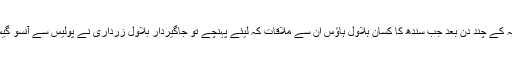
مگر افسوس کہ پانچ دسمبر کے جلسہ کے چند دن بعد جب سندھ کا کسان بلاول ہاؤس ان سے ملاقات کہ لیئے پہنچے تو جاگیردار بلاول زرداری نے پولیس سے آنسو گیس اور لاٹھی چارج سے ان بھگا دیا۔